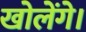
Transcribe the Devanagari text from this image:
खोलेंगे।